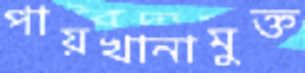
পায়খানামুক্ত